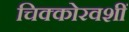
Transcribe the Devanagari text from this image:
चिक्कोरवशीं